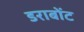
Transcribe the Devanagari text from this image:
डराबोंट